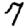
Digit: 7